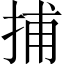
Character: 捕